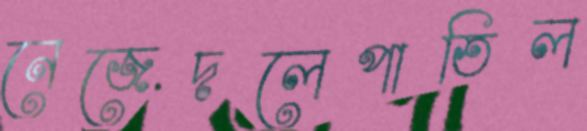
নেজেদলেপাতিল